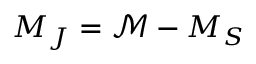
M _ { J } = \mathcal { M } - M _ { S }